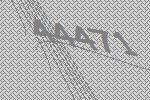
44471